Rangoon Lunatic Asylum 1878-1892 - 1878-1892
Year: 1878
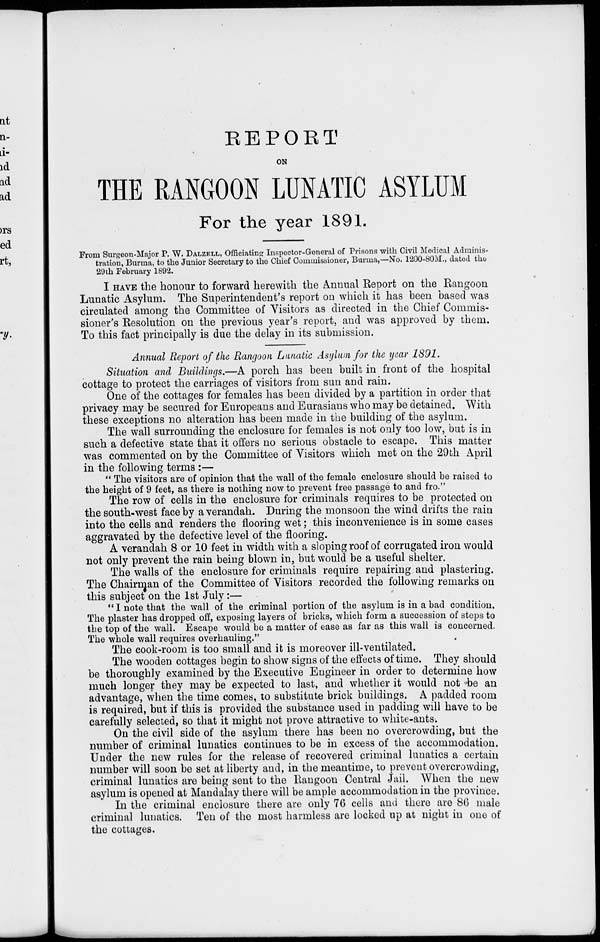
REPORT
ON
THE RANGOON LUNATIC ASYLUM
For the year 1891.
From Surgeon-Major P. W. DALZELL, Officiating Inspector-General of Prisons with Civil Medical Adminis-
tration, Burma, to the Junior Secretary to the Chief Commissioner, Burma,—No. 1200-80M., dated the
29th February 1892.
I HAVE the honour to forward herewith the Annual Report on the Rangoon
Lunatic Asylum. The Superintendent's report on which it has been based was
circulated among the Committee of Visitors as directed in the Chief Commis-
sioner's Resolution on the previous year's report, and was approved by them.
To this fact principally is due the delay in its submission.
Annual Report of the Rangoon Lunatic Asylum for the year 1891.
Situation and Buildings.—A porch has been built in front of the hospital
cottage to protect the carriages of visitors from sun and rain.
One of the cottages for females has been divided by a partition in order that
privacy may be secured for Europeans and Eurasians who may be detained. With
these exceptions no alteration has been made in the building of the asylum.
The wall surrounding the enclosure for females is not only too low, but is in
such a defective state that it offers no serious obstacle to escape. This matter
was commented on by the Committee of Visitors which met on the 29th April
in the following terms :—
" The visitors are of opinion that the wall of the female enclosure should be raised to
the height of 9 feet, as there is nothing now to prevent free passage to and fro."
The row of cells in the enclosure for criminals requires to be protected on
the south-west face by a verandah. During the monsoon the wind drifts the rain
into the cells and renders the flooring wet; this inconvenience is in some cases
aggravated by the defective level of the flooring.
A verandah 8 or 10 feet in width with a sloping roof of corrugated iron would
not only prevent the rain being blown in, but would be a useful shelter.
The walls of the enclosure for criminals require repairing and plastering.
The Chairman of the Committee of Visitors recorded the following remarks on
this subject on the 1st July:—
" I note that the wall of the criminal portion of the asylum is in a bad condition.
The plaster has dropped off, exposing layers of bricks, which form a succession of steps to
the top of the wall. Escape would be a matter of ease as far as this wall is concerned.
The whole wall requires overhauling."
The cook-room is too small and it is moreover ill-ventilated.
The wooden cottages begin to show signs of the effects of time. They should
be thoroughly examined by the Executive Engineer in order to determine how
much longer they may be expected to last, and whether it would not be an
advantage, when the time comes, to substitute brick buildings. A padded room
is required, but if this is provided the substance used in padding will have to be
carefully selected, so that it might not prove attractive to white-ants.
On the civil side of the asylum there has been no overcrowding, but the
number of criminal lunatics continues to be in excess of the accommodation.
Under the new rules for the release of recovered criminal lunatics a certain
number will soon be set at liberty and, in the meantime, to prevent overcrowding,
criminal lunatics are being sent to the Rangoon Central Jail. When the new
asylum is opened at Mandalay there will be ample accommodation in the province.
In the criminal enclosure there are only 76 cells and there are 86 male
criminal lunatics. Ten of the most harmless are locked up at night in one of
the cottages.